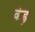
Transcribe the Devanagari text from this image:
केह्र